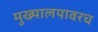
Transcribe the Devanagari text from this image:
मुख्यालयावरच